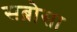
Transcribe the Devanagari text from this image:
सब्रोसा